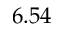
6 . 5 4